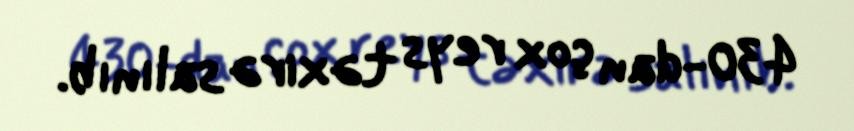
430-dan çox reys təxirə salınıb.